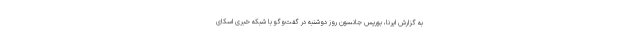
به گزارش ایرنا، بوریس جانسون روز دوشنبه در گفت‌وگو با شبکه خبری اسکای